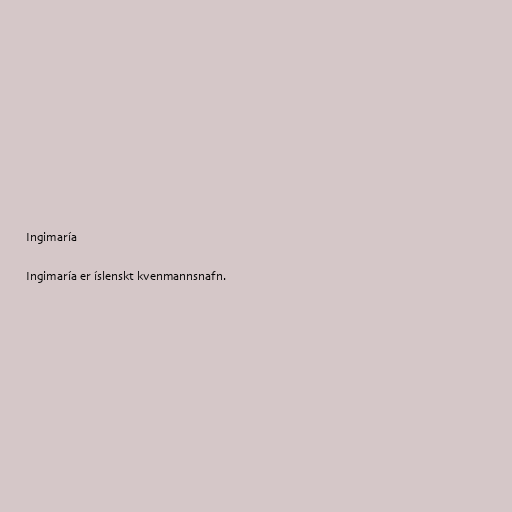
Ingimaría

Ingimaría er íslenskt kvenmannsnafn.